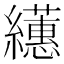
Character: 𦇠